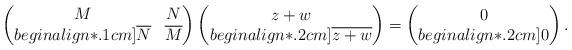
LaTeX: \begin{align*}\begin{pmatrix}M & N \\begin{align*}.1cm]\overline{N} & \overline{M} \end{pmatrix}\begin{pmatrix}z+w \\begin{align*}.2cm]\overline{z+w}\end{pmatrix}=\begin{pmatrix}0 \\begin{align*}.2cm]0\end{pmatrix}.\end{align*}